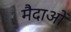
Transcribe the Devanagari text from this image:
मैदाओं